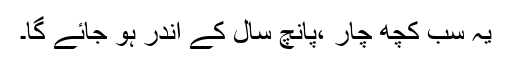
یہ سب کچھ چار ،پانچ سال کے اندر ہو جائے گا۔